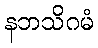
နဘသိဂမံ